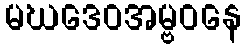
မဃဒေဝအမ္ဗဝနေ